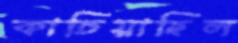
কাচিয়াছিল